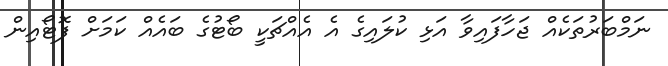
ނަމްބަރުތަކެއް ޖަހާފައިވާ އަޅި ކުލައިގެ އެ އެއްޗަކީ ބޯޓުގެ ބައެއް ކަމަށް ފޮޓޯއިން